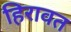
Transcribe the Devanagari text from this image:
हिरावत